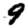
Digit: 9